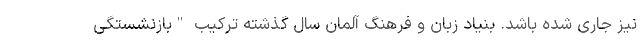
نیز جاری شده باشد. بنیاد زبان و فرهنگ آلمان سال گذشته ترکیب "بازنشستگی